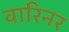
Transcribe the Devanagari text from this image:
वारिनर